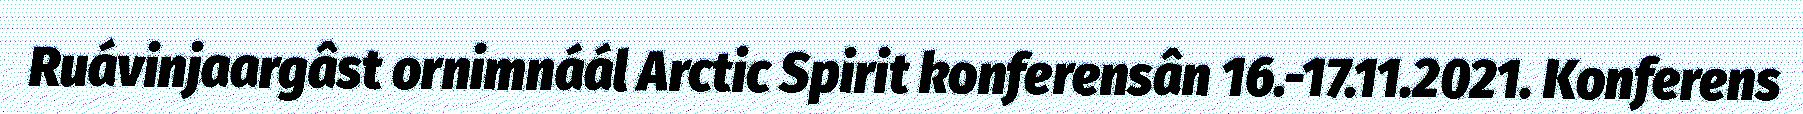
Ruávinjaargâst ornimnáál Arctic Spirit konferensân 16.-17.11.2021. Konferens